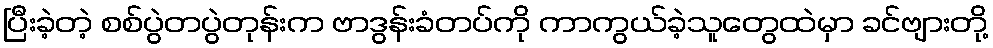
ပြီးခဲ့တဲ့ စစ်ပွဲတပွဲတုန်းက ဗာဒွန်းခံတပ်ကို ကာကွယ်ခဲ့သူတွေထဲမှာ ခင်ဗျားတို့